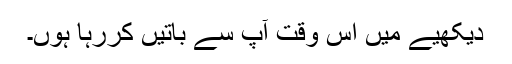
دیکھیے میں اس وقت آپ سے باتیں کررہا ہوں۔